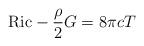
LaTeX: \begin{align*}{\rm Ric}-\frac{\rho}{2} G=8\pi cT\end{align*}